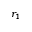
r _ { 1 }